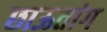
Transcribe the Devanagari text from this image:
छाऊतांग